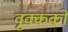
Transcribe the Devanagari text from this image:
वृक्ककों